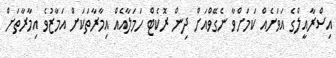
އިސްރާއީލްގެ އަވަށެއް ކަމަށްވާ ނެގޭވްއަށް ދިން ރޮކެޓް ހަމަލާއެއް އިމާރާތަކަށް އަމާޒުވެ އިމާރާތަށް